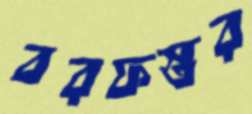
বরফস্তর